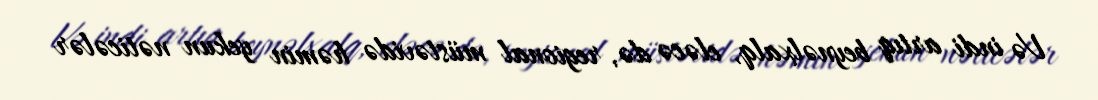
Və indi artıq beynəlxalq, eləcə də, regional müstəvidə həmin yekun nəticələr